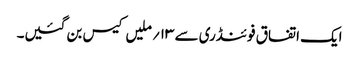
ایک اتفاق فوئنڈری سے ۱۳؍ ملیں کیس بن گئیں۔